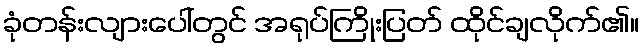
ခုံတန်းလျားပေါ်တွင် အရုပ်ကြိုးပြတ် ထိုင်ချလိုက်၏။